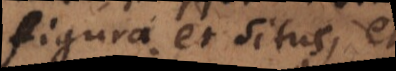
figura et situs, et